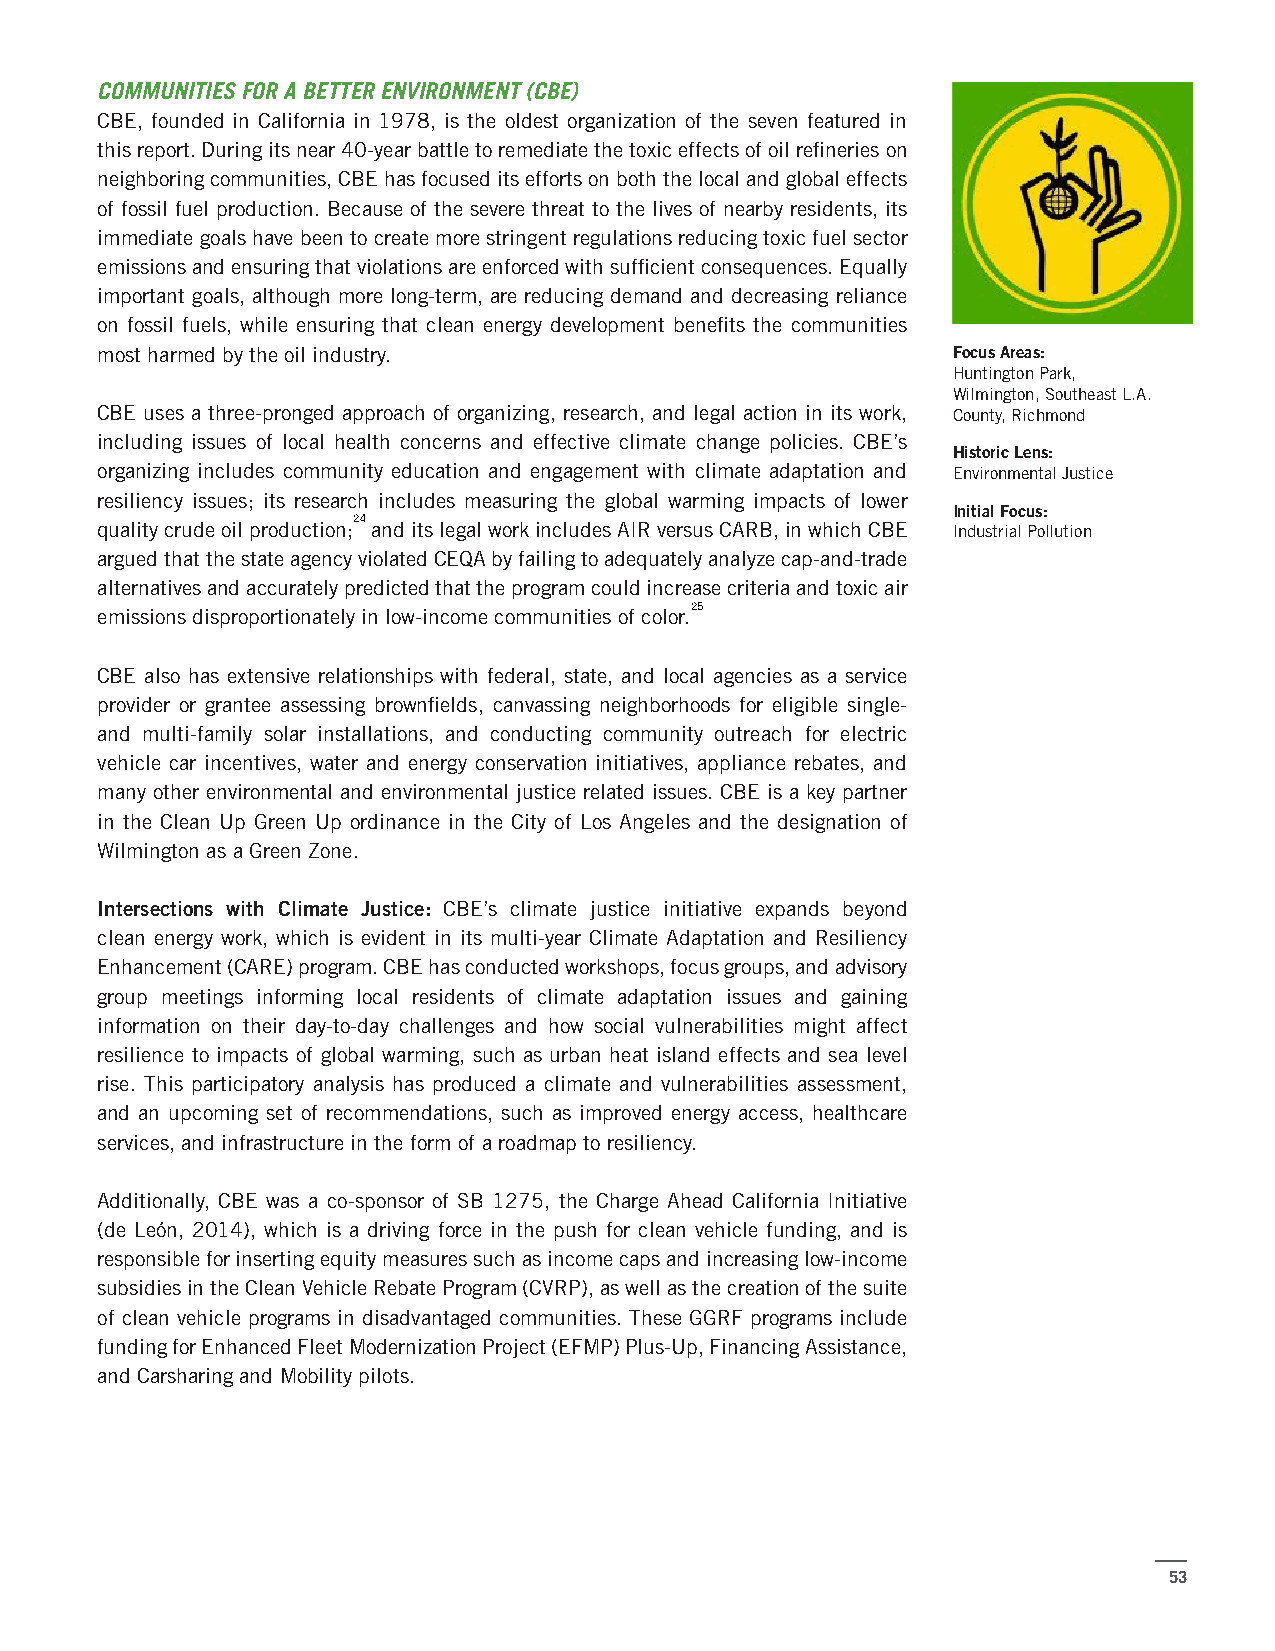
COMMUNITIES FOR A BETTER ENVIRONMENT (CBE)
 CBE, founded in California in 1978, is the oldest organization of the seven featured in
 this report. During its near 40-year battle to remediate the toxic effects of oil refineries on
 neighboring communities, CBE has focused its efforts on both the local and global effects
 of fossil fuel production. Because of the severe threat to the lives of nearby residents, its
 immediate goals have been to create more stringent regulations reducing toxic fuel sector
 emissions and ensuring that violations are enforced with sufficient consequences. Equally
 important goals, although more long-term, are reducing demand and decreasing reliance
 on fossil fuels, while ensuring that clean energy development benefits the communities
 most harmed by the oil industry.                         Focus Areas:
 Huntington Park,
 Wilmington, Southeast L.A.
 CBE uses a three-pronged approach of organizing, research, and legal action in its work, County, Richmond
 including issues of local health concerns and effective climate change policies. CBE’s
 Historic Lens:
 organizing includes community education and engagement with climate adaptation and Environmental Justice
 resiliency issues; its research includes measuring the global warming impacts of lower
 Initial Focus:
 24
 quality crude oil production; and its legal work includes AIR versus CARB, in which CBE Industrial Pollution
 argued that the state agency violated CEQA by failing to adequately analyze cap-and-trade
 alternatives and accurately predicted that the program could increase criteria and toxic air
 25
 emissions disproportionately in low-income communities of color.
 CBE also has extensive relationships with federal, state, and local agencies as a service
 provider or grantee assessing brownfields, canvassing neighborhoods for eligible single-
 and multi-family solar installations, and conducting community outreach for electric
 vehicle car incentives, water and energy conservation initiatives, appliance rebates, and
 many other environmental and environmental justice related issues. CBE is a key partner
 in the Clean Up Green Up ordinance in the City of Los Angeles and the designation of
 Wilmington as a Green Zone.
 Intersections with Climate Justice: CBE’s climate justice initiative expands beyond
 clean energy work, which is evident in its multi-year Climate Adaptation and Resiliency
 Enhancement (CARE) program. CBE has conducted workshops, focus groups, and advisory
 group meetings informing local residents of climate adaptation issues and gaining
 information on their day-to-day challenges and how social vulnerabilities might affect
 resilience to impacts of global warming, such as urban heat island effects and sea level
 rise. This participatory analysis has produced a climate and vulnerabilities assessment,
 and an upcoming set of recommendations, such as improved energy access, healthcare
 services, and infrastructure in the form of a roadmap to resiliency.
 Additionally, CBE was a co-sponsor of SB 1275, the Charge Ahead California Initiative
 (de León, 2014), which is a driving force in the push for clean vehicle funding, and is
 responsible for inserting equity measures such as income caps and increasing low-income
 subsidies in the Clean Vehicle Rebate Program (CVRP), as well as the creation of the suite
 of clean vehicle programs in disadvantaged communities. These GGRF programs include
 funding for Enhanced Fleet Modernization Project (EFMP) Plus-Up, Financing Assistance,
 and Carsharing and Mobility pilots.
 53